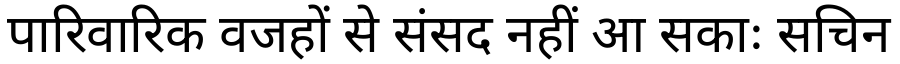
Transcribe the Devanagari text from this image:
पारिवारिक वजहों से संसद नहीं आ सकाः सचिन